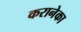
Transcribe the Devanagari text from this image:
करानेका